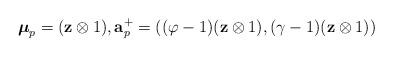
LaTeX: \begin{align*}\boldsymbol \mu_p=(\mathbf z\otimes 1),\mathbf a_p^+=((\varphi-1)(\mathbf z\otimes 1), (\gamma-1)(\mathbf z\otimes 1))\end{align*}